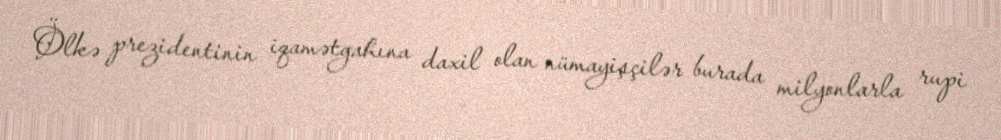
Ölkə prezidentinin iqamətgahına daxil olan nümayişçilər burada milyonlarla rupi